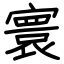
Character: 寰